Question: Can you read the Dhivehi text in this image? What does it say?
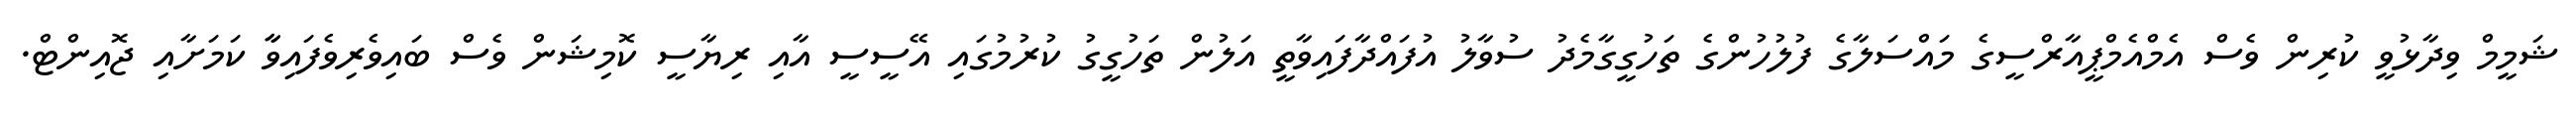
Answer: ޝަމީމް ވިދާޅުވީ ކުރިން ވެސް އެމްއެމްޕީއާރްސީގެ މައްސަލާގެ ފުލުހުންގެ ތަހުގީގާމެދު ސުވާލު އުފައްދާފައިވާތީ އަލުން ތަހުގީގު ކުރުމުގައި އޭސީސީ އާއި ރިޔާސީ ކޮމިޝަން ވެސް ބައިވެރިވެފައިވާާ ކަމަށާއި ޖޮއިންޓް.